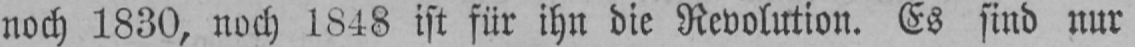
noch 1830, noch 1848 ist für ihn die Revolution. Es sind nur